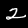
Digit: 2